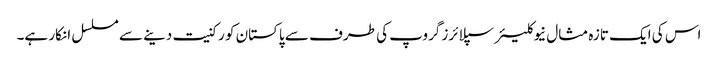
اس کی ایک تازہ مثال نیوکلیئر سپلائرز گروپ کی طرف سے پاکستان کو رکنیت دینے سے مسلسل انکار ہے۔